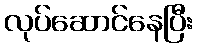
လုပ်ဆောင်နေပြီး